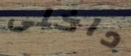
داخلى